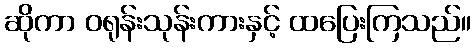
ဆိုကာ ဝရုန်းသုန်းကားနှင့် ထပြေးကြသည်။